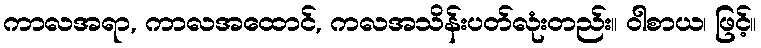
ကာလအရာ, ကာလအထောင်, ကလအသိန်းပတ်လုံးတည်း။ ဝါစာယ၊ ဖြင့်။